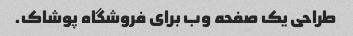
طراحی یک صفحه وب برای فروشگاه پوشاک.